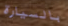
بالسيارة